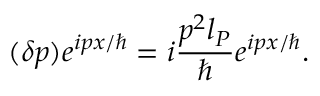
( \delta p ) e ^ { i p x / \hbar } = i \frac { p ^ { 2 } l _ { P } } { \hbar } e ^ { i p x / \hbar } .